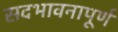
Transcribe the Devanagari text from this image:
सदभावनापूर्ण